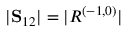
| \mathbf { S } _ { 1 2 } | = | R ^ { ( - 1 , 0 ) } |